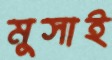
মুসাই